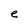
Character: e